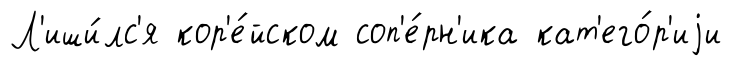
Л'иши́лс'я кор'е́йском соп'е́рн'ика кат'его́р'иjи